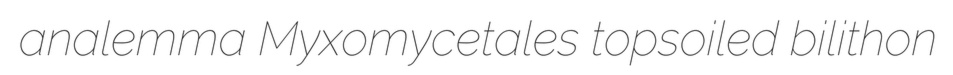
analemma Myxomycetales topsoiled bilithon